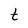
Character: t